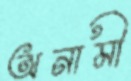
অনামী